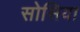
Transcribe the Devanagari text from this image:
सोसिया